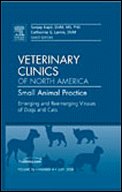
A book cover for Emerging and Reemerging Viruses of Dogs and Cats, An Issue of Veterinary Clinics: Small Animal Practice, 1e (The Clinics: Veterinary Medicine); Sanjay Kapil DVM  MS  PhD; Medical Books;